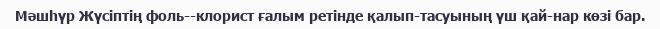
Мәшһүр Жүсіптің фоль­­клорист ғалым ретінде қалып­тасуының үш қай­нар көзі бар.